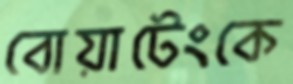
বোয়াটেংকে